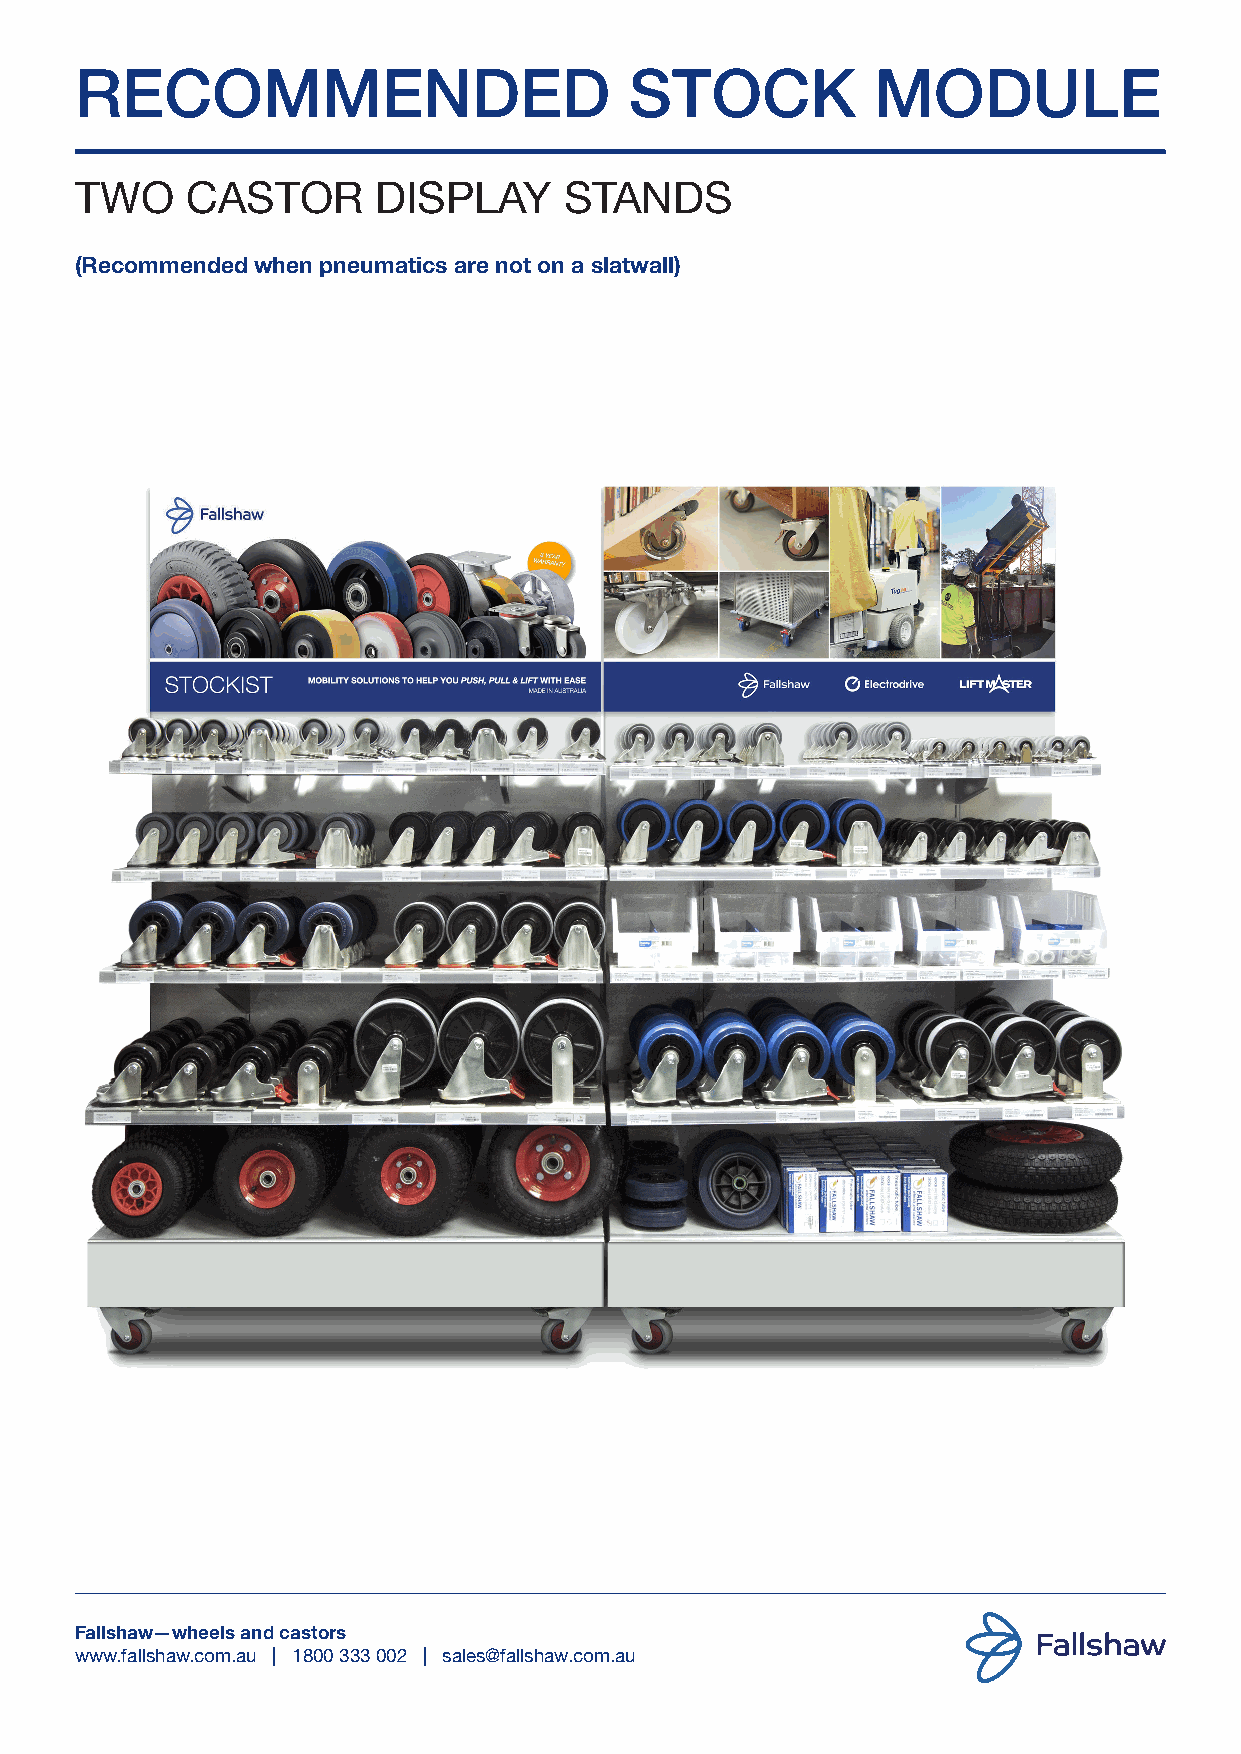
RECOMMENDED                          STOCK           MODULE
 TWO    CASTOR       DISPLAY     STANDS
 (Recommended when pneumatics are not on a slatwall)
 Fallshaw—wheels and castors
 www.fallshaw.com.au | 1800 333 002 | sales@fallshaw.com.au